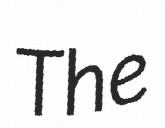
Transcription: The